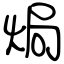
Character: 焗